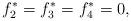
LaTeX: \begin{align*}f_2^*=f_3^*=f_4^*=0,\end{align*}